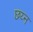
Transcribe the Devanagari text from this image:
छय्न